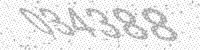
Solution: 034388